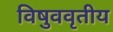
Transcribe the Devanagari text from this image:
विषुववृतीय